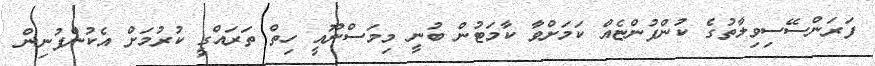
ފަރަންސޭސިވިލާތުގެ ކުންފުންޏެއް ކަމަށްވާ ކާމަޓުން ބުނީ މިމަސްނޫއީ ހިތް ތަރައްގީ ކުރުމަށް އެކުންފުނިން